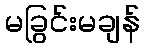
မခြွင်းမချန်